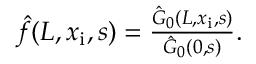
\begin{array} { r } { \hat { f } ( L , x _ { \mathrm { i } } , s ) = \frac { \hat { G } _ { 0 } ( L , x _ { \mathrm { i } } , s ) } { \hat { G } _ { 0 } ( 0 , s ) } . } \end{array}